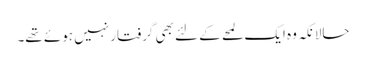
حالانکہ وہ ایک لمحے کے لئے بھی گرفتار نہیں ہوئے تھے۔